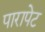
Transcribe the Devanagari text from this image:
पारापेट